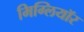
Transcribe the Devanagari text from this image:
मिग्लियॉर